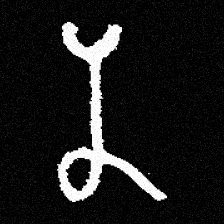
Pyu character \u2014 Myanmar letter: န (romanized: na)